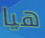
هيا